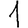
Digit: 1